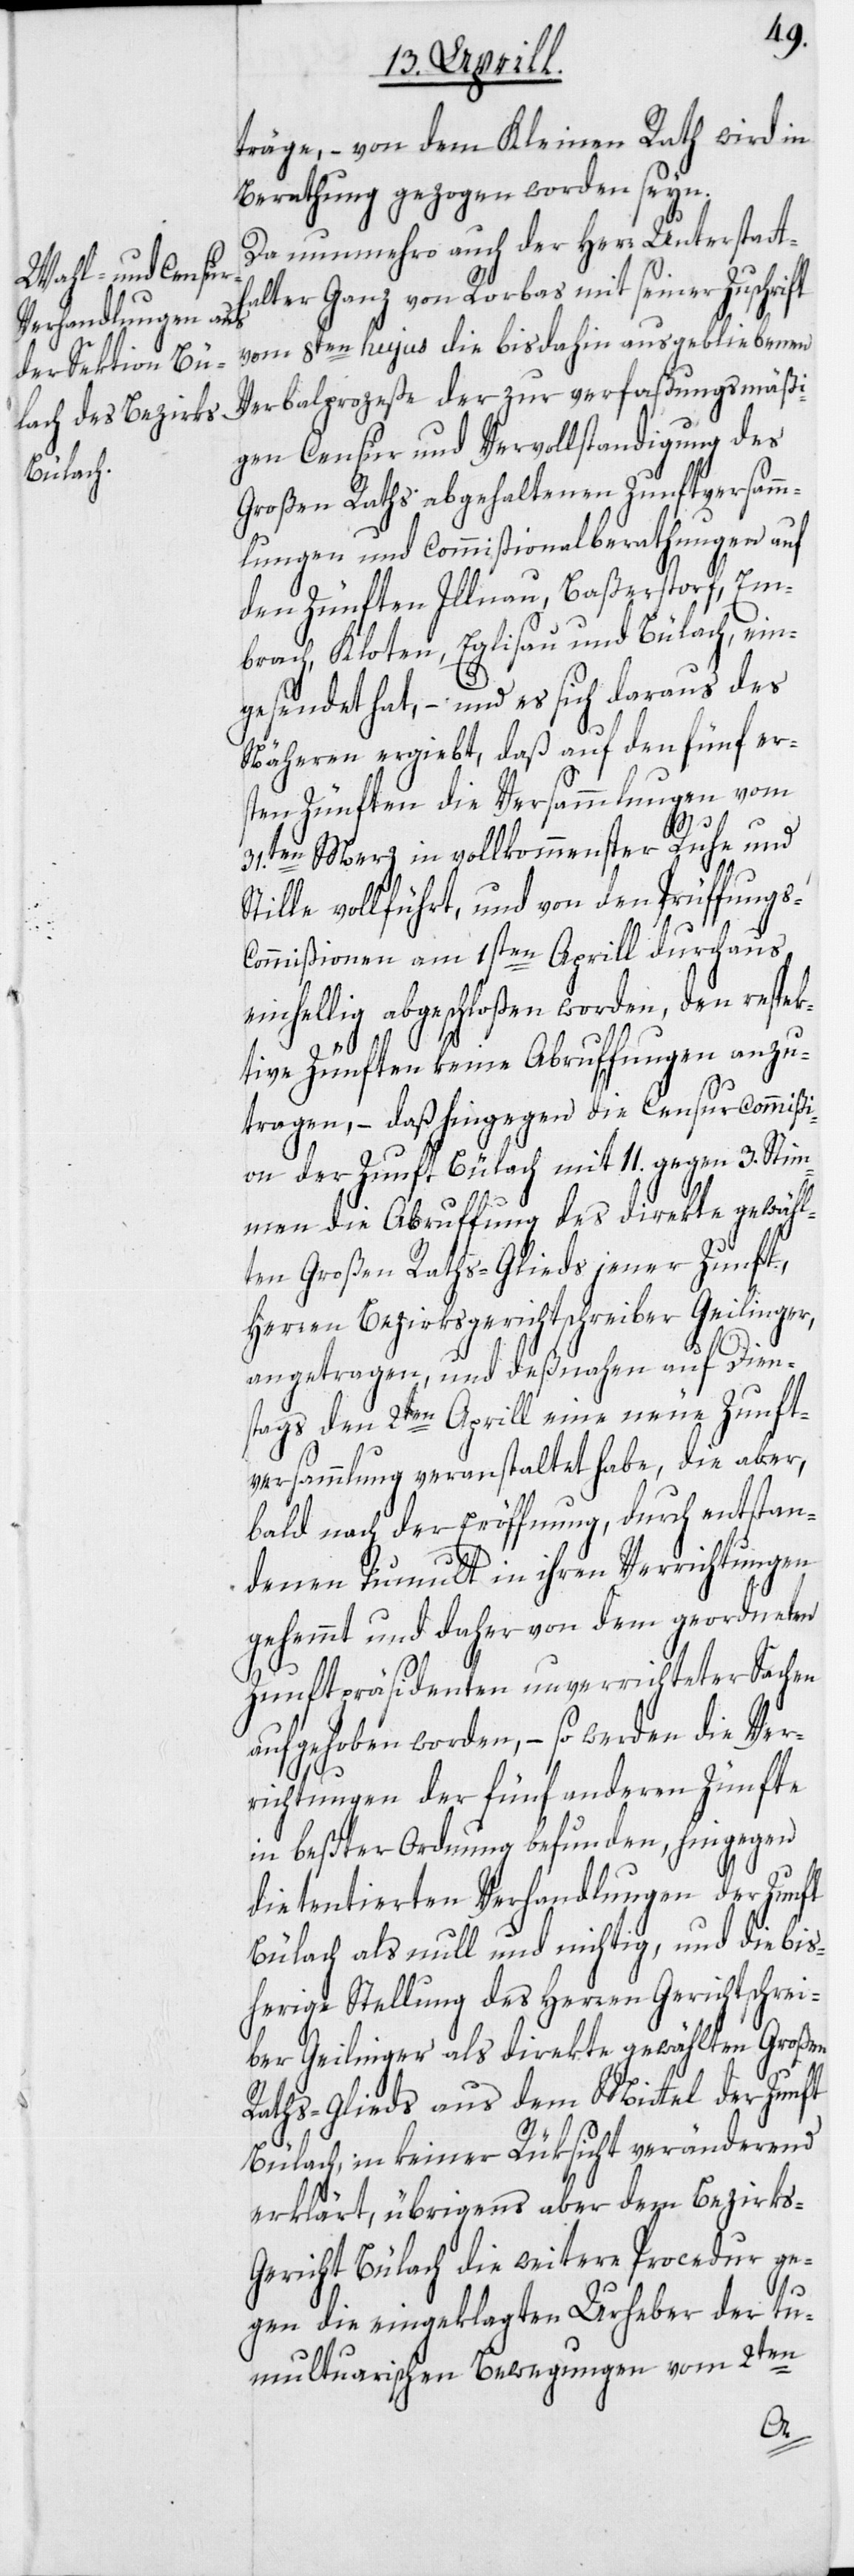
träge, – von dem Kleinen Rath wird in
Berathung gezogen worden seyn.
Da nunmehro auch der Herr Unterstatth¬
alter Ganz von Rorbas mit seiner Zuschrift
vom 8ten hujus die bisdahin ausgebliebenen
Verbalprozeße der zur verfaßungsmäßi¬
gen Censur und Vervollständigung des
Großen Raths abgehaltenen Zunftversamm¬
lungen und Commißionalberathungen auf
den Zünften Illnau, Baßerstorf, Em¬
brach, Kloten, Eglisau und Bülach, ein¬
gesendet hat, – und es sich daraus des
Näheren ergiebt, daß auf den fünf er¬
sten Zünften die Versammlungen vom
31.ten Merz in vollkommenster Ruhe und
Stille vollführt, und von den Prüffungs-C¬
ommißionen am 1sten Aprill durchaus
einhellig abgeschloßen worden, den respek¬
tive Zünften keine Abruffungen anzu¬
tragen, – daß hingegen die Censurcommißi¬
on der Zunft Bülach mit 11. gegen 3. Stim¬
men die Abruffung des direkte gewähl¬
ten Großen Raths-Glieds jener Zunft,
Herren Bezirksgerichtschreiber Geilinger,
angetragen, und deßnahen auf Dien¬
stags den 2ten Aprill eine neue Zunft¬
versammlung veranstaltet habe, die aber,
bald nach der Eröffnung, durch entstan¬
denen Tumult in ihren Verrichtungen
gehemmt und daher von dem geordneten
Zunftpräsidenten unverrichteter Sachen
aufgehoben worden, – so werden die Ver¬
richtungen der fünf anderen Zünfte
in beßter Ordnung befunden, hingegen
die tentierten Verhandlungen der Zunft
Bülach als null und nichtig, und die bis¬
herige Stellung des Herren Gerichtschrei¬
ber Geilinger als direkte gewählten Großen
Raths-Glieds aus dem Mittel der Zunft
Bülach, in keiner Rüksicht veränderend
erklärt, übrigens aber dem Bezirks-G¬
ericht Bülach die weitere Procedur ge¬
gen die eingeklagten Urheber der tu¬
multuarischen Bewegungen vom 2ten